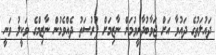
ދައުލަތުގެ ދައުވާ އަށް ޖަވާބުދާރީވުމަށް ނާޒިމަށް ފުރުސަތު ދެއްވެމުން ނާޒިމްގެ ވަކީލު ވަނީ